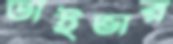
ডাইভার